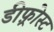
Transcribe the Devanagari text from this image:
डीफ़्रोस्ट